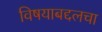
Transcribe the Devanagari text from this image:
विषयाबद्दलचा